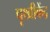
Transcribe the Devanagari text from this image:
पृथ्वीकेंद्र